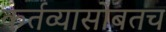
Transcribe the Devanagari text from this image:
कर्तव्यासोबतच